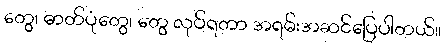
တွေ၊ ဓာတ်ပုံတွေ၊ တွေ လုပ်ရတာ အရမ်းအဆင်ပြေပါတယ်။